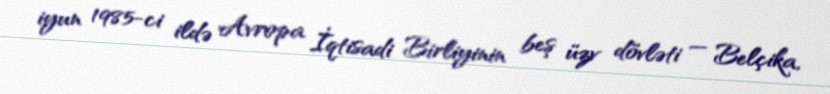
iyun 1985-ci ildə Avropa İqtisadi Birliyinin beş üzv dövləti — Belçika,